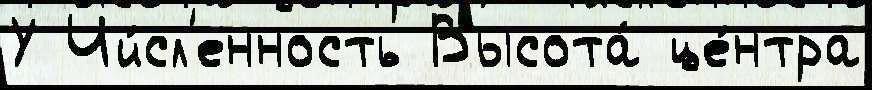
У Чи́сл'енность Высота́ це́нтра